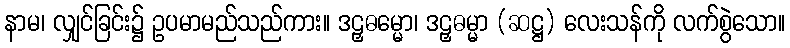
နာမ၊ လျှင်ခြင်း၌ ဥပမာမည်သည်ကား။ ဒဠှဓမ္မော၊ ဒဠှဓမ္မာ (ဆဋ္ဌ) လေးသန်ကို လက်စွဲသော။